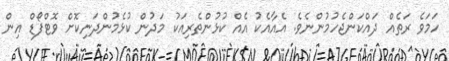
ހަމަވެ ރަތެއް ދައްކަންޖެހުމުންނެވެ. އެއާއެކު އެއް ކުޅުންތެރިއަކު މަދުން ކުޅެމުންދަނިކޮށް ވޮޓްފޯޑް އިން